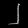
Digit: ၂